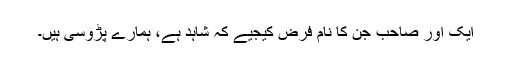
ایک اور صاحب جن کا نام فرض کیجیے کہ شاہد ہے، ہمارے پڑوسی ہیں۔